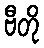
ဗီတို